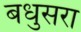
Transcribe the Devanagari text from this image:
बधुसरा